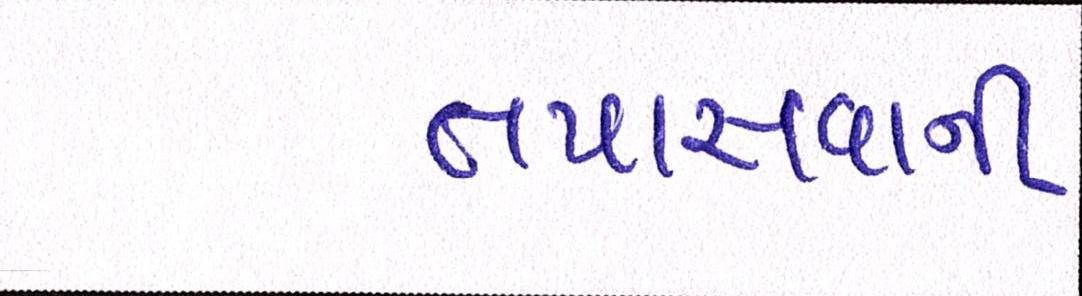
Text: તપાસવાની